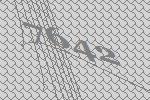
7642